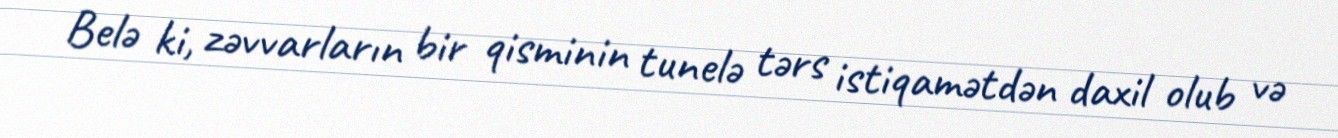
Belə ki, zəvvarların bir qisminin tunelə tərs istiqamətdən daxil olub və